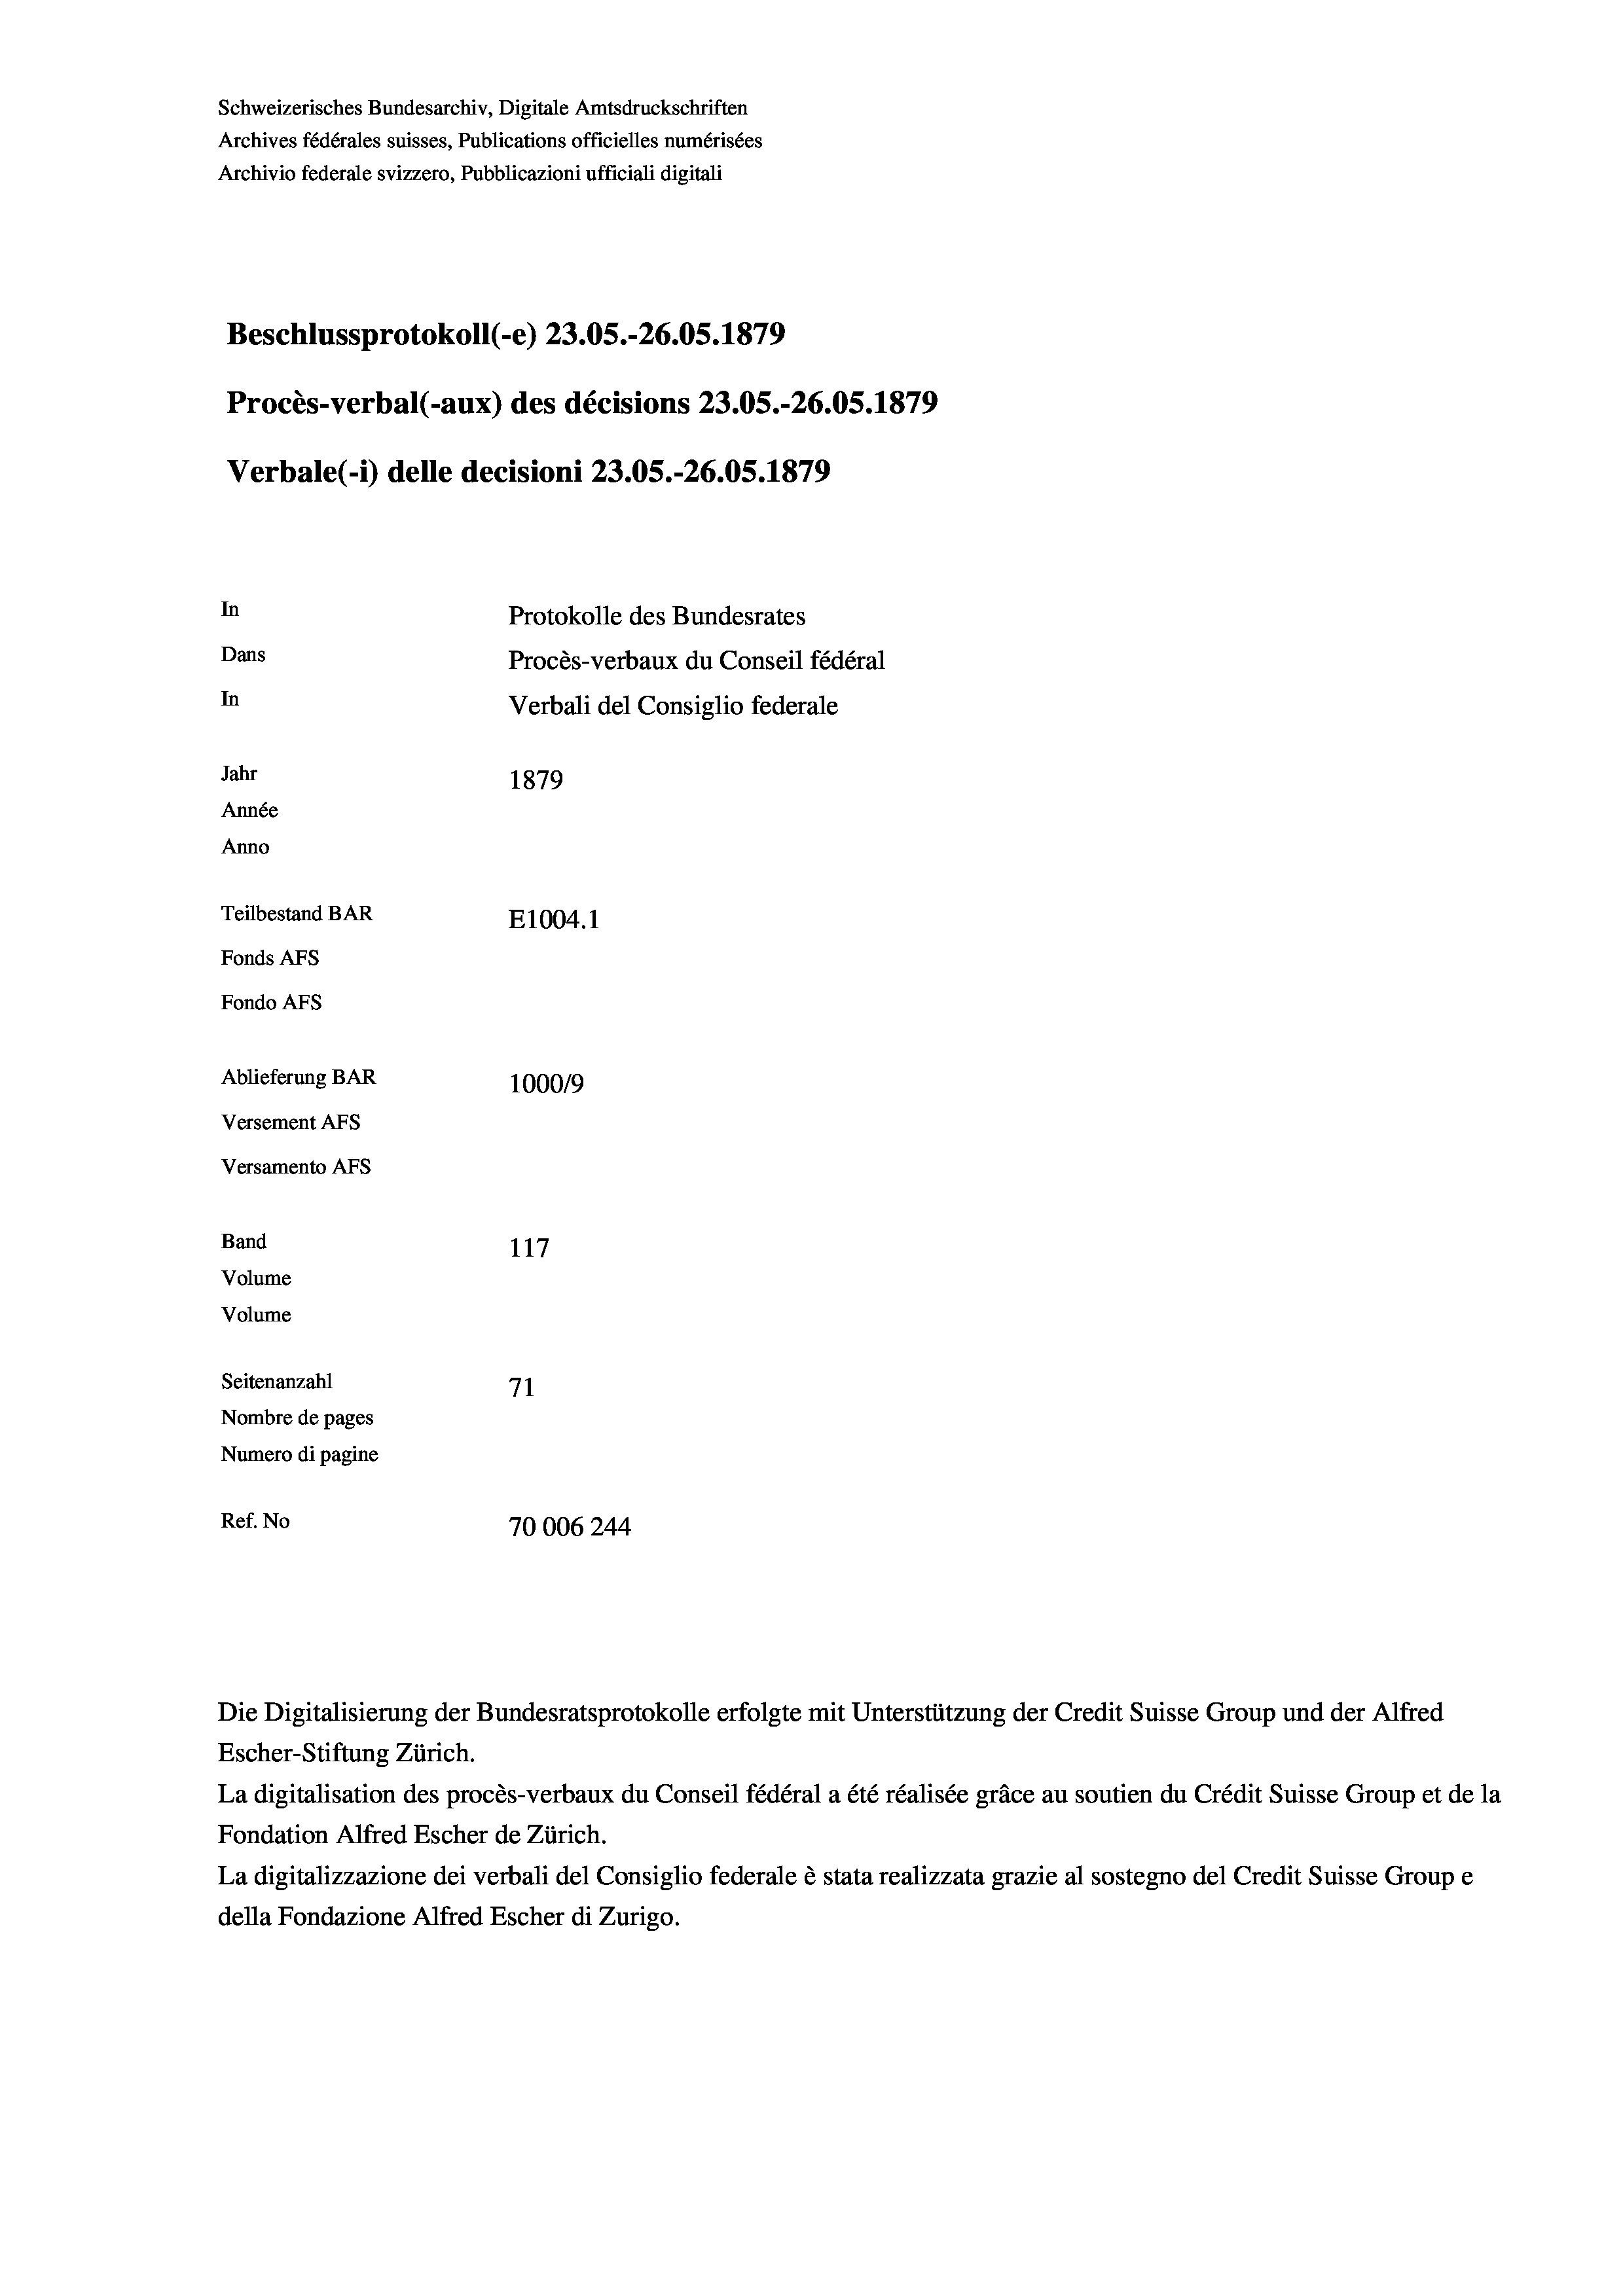
Schweizerisches Bundesarchiv, Digitale Amtsdruckschriften
Archives fédérales suisses, Publications officielles numérisées
Archivio federale svizzero, Pubblicazioni ufficiali digitali
Beschlussprotokoll (-e) 23.05.-26.05. 1879
Procès-verbal (-aux) des décisions 23.05.-26.05. 1879
Verbale(-*) delle decisioni 23.05.-26.05. 1879
In
Protokolle des Bundesrates
Dans
Procès-verbaux du Conseil fédéral
In
Verbali del Consiglio federale
Jahr
1879
Année
Anno
Teilbestand BAR
E1004.1
Fonds AFs
Fondo AFS
Ablieferung BAR
100019
Versement AFs
Versamento Afs
Band
117
Volume
Volume

Seitenanzahl
71
Nombre de pages
Numero di pagine
Ref. No
70006244

Die Digitalisierung der Bundesratsprotokolle erfolgte mit Unterstützung der Credit Suisse Group und der Alfred
Escher-Stiftung Zürich.
La digitalisation des procès-verbaux du Conseil fédéral a été réalisée gräce au soutien du Crédit Suisse Group et de la
Fondation Alfred Escher de Zürich.
La digitalizzazione dei verbali del Consiglio federale è stata realizzata grazie al sostegno del Credit Suisse Groupe
della Fondazione Alfred Escher di Zurigo.